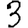
Digit: 3